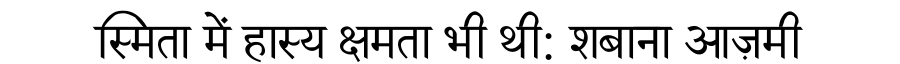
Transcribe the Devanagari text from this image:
स्मिता में हास्य क्षमता भी थी: शबाना आज़मी